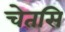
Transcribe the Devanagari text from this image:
चेतसि